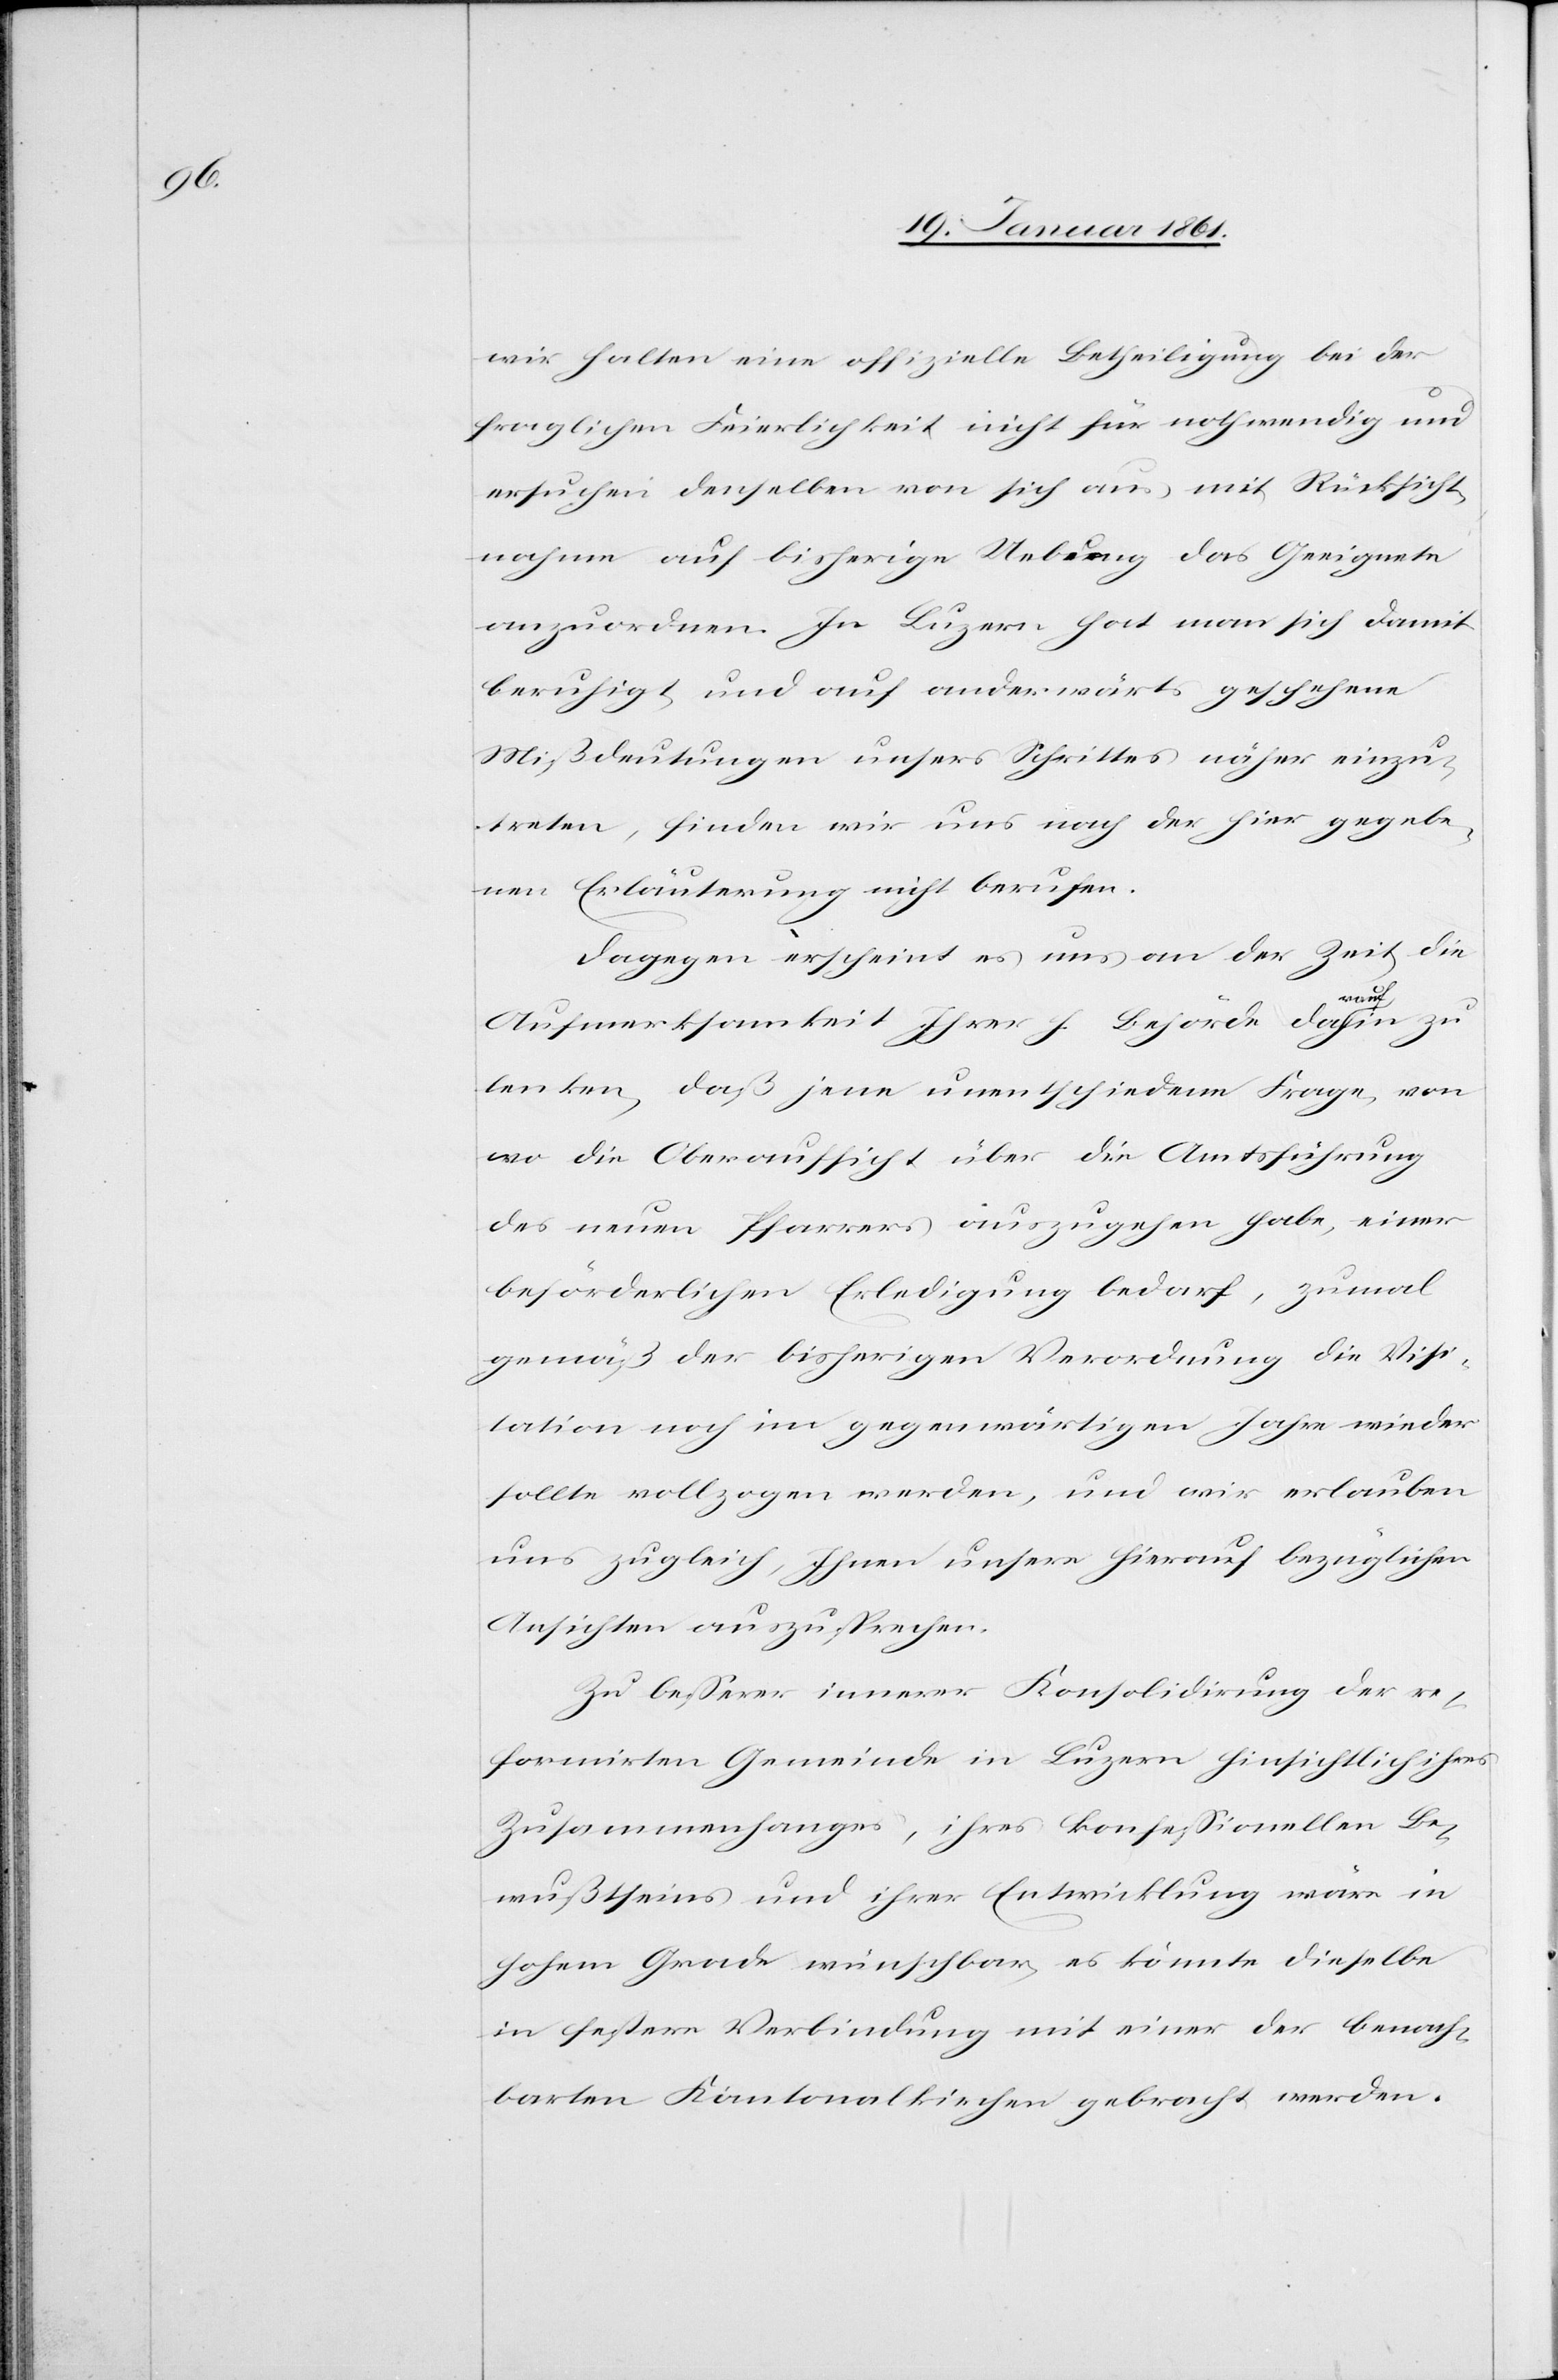
wir halten eine offizielle Betheiligung bei der
fraglichen Feierlichkeit nicht für nothwendig und
ersuchen denselben von sich aus, mit Rücksicht¬
nahme auf bisherige Uebung das Geeignete
anzuordnen. In Luzern hat man sich damit
beruhigt, und auf anderwärts geschehene
Mißdeutungen unsers Schrittes näher einzu¬
treten, finden wir uns nach der hier gegebe¬
nen Erläuterung nicht berufen.
Dagegen erscheint es uns an der Zeit, die
Aufmerksamkeit
Ihrer h. Behörde daraufhin zu
lenken, daß jene unentschiedene Frage, von
wo die Oberaufsicht über die Amtsführung
des neuen Pfarrers auszugehen habe, einer
beförderlichen Erledigung bedarf, zumal
gemäß der bisherigen Verordnung die Visi¬
tation noch im gegenwärtigen Jahre wieder
sollte vollzogen werden, und wir erlauben
uns zugleich, Ihnen unsere hierauf bezüglichen
Ansichten auszusprechen.
Zu besserer innerer Konsolidirung der re¬
formirten Gemeinde in Luzern hinsichtlich ihres
Zusammenhanges, ihres konfessionellen Be¬
wußtseins und ihrer Entwicklung wäre in
hohem Grade wünschbar, es könnte dieselbe
in festere Verbindung mit einer der Benach¬
barten Kantonalkirchen gebracht werden.